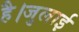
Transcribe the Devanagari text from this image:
है।जुलाई